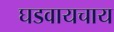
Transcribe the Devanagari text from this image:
घडवायचाय